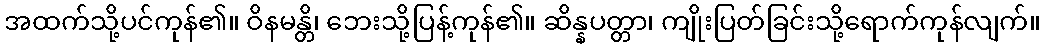
အထက်သို့ပင်ကုန်၏။ ဝိနမန္တိ၊ ဘေးသို့ပြန့်ကုန်၏။ ဆိန္နပတ္တာ၊ ကျိုးပြတ်ခြင်းသို့ရောက်ကုန်လျက်။